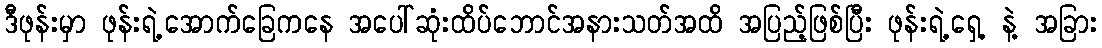
ဒီဖုန်းမှာ ဖုန်းရဲ့အောက်ခြေကနေ အပေါ်ဆုံးထိပ်ဘောင်အနားသတ်အထိ အပြည့်ဖြစ်ပြီး ဖုန်းရဲ့ရှေ့ နဲ့ အခြား